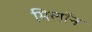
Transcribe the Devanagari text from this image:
मिलॉन